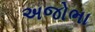
અજોભા